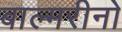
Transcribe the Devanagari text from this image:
बाल्मरीनो